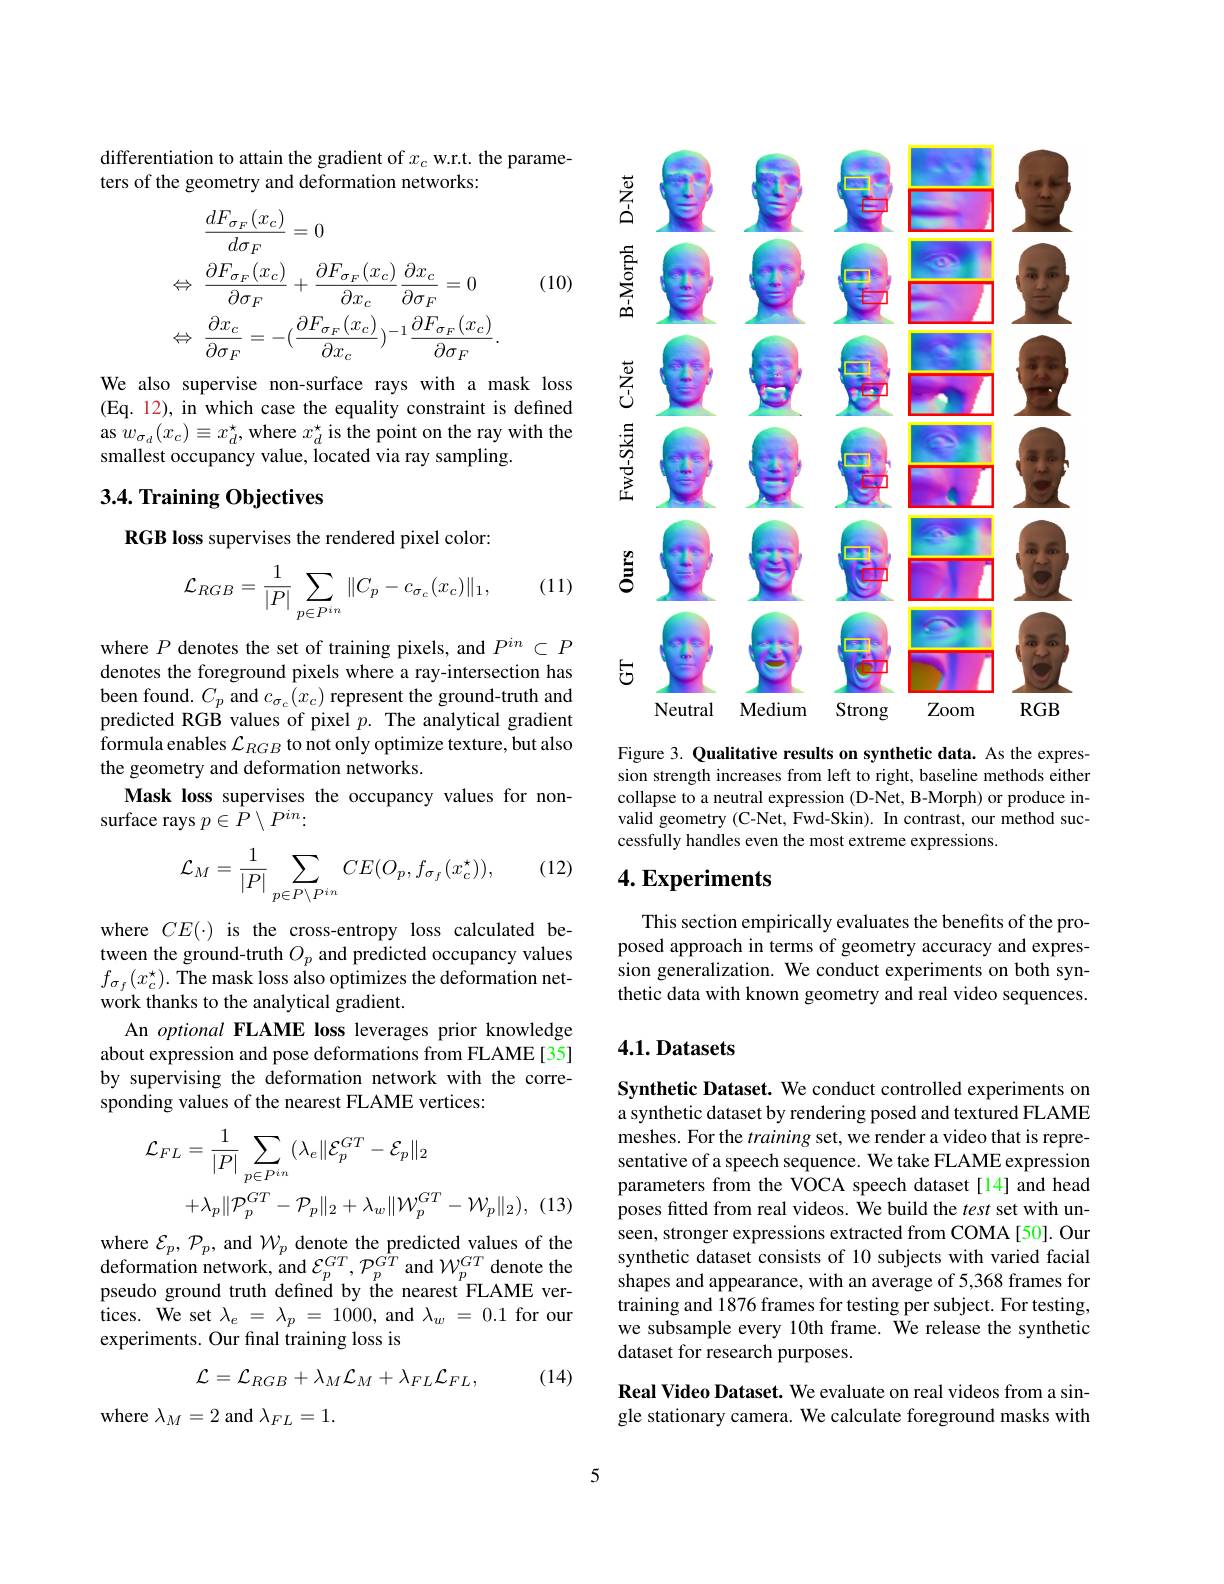
differentiation to attain the gradient of $x_c$ w.r.t. the parame-
ters of the geometry and deformation networks:

(10)
$$\begin{aligned}&\frac{dF_{\sigma_{F}}(x_{c})}{d\sigma_{F}}=0\\\Leftrightarrow&\frac{\partial F_{\sigma_{F}}(x_{c})}{\partial\sigma_{F}}+\frac{\partial F_{\sigma_{F}}(x_{c})}{\partial x_{c}}\frac{\partial x_{c}}{\partial\sigma_{F}}=0\\\Leftrightarrow&\frac{\partial x_{c}}{\partial\sigma_{F}}=-(\frac{\partial F_{\sigma_{F}}(x_{c})}{\partial x_{c}})^{-1}\frac{\partial F_{\sigma_{F}}(x_{c})}{\partial\sigma_{F}}.\end{aligned}$$
We also supervise non-surface rays with a mask loss (Eq. 12), in which case the equality constraint is defined as $w_{\sigma_{d}}(x_{c})\equiv x_{d}^{\star}$, where $x_d^{\star}$ is the point on the ray with the smallest occupancy value, located via ray sampling.

## 3.4. Training Objectives

RGB loss supervises the rendered pixel color:
$$\mathcal{L}_{RGB}=\frac{1}{|P|}\sum_{p\in P^{in}}\|C_p-c_{\sigma_c}(x_c)\|_1,$$
(11)

where $P$ denotes the set of training pixels, and $P^{in}\subset P$ denotes the foreground pixels where a ray-intersection has been found. $C_p$ and $c_\sigma_{c}(x_{c})$ represent the ground-truth and predicted RGB values of pixel $p.$ The analytical gradient $\hat{\text{formula enables }\mathcal{L}}_{RGB}$ to not only optimize texture, but also the geometry and deformation networks.
Mask loss supervises the occupancy values for non-
surface rays $p\in P\setminus P^in:$

(12)
$$\mathcal{L}_{M}=\frac{1}{|P|}\sum_{p\in P\setminus P^{in}}CE(O_{p},f_{\sigma_{f}}(x_{c}^{\star})),$$
where $CE(\cdot)$ is the cross-entropy loss calculated between the ground-truth $O_p$ and predicted occupancy values $f_{\sigma_{f}}(x_{c}^{\star}).$ The mask loss also optimizes the deformation network thanks to the analytical gradient.
An optional FLAME loss leverages prior knowledge about expression and pose deformations from FLAME [35] by supervising the deformation network with the corresponding values of the nearest FLAME vertices:
$$\begin{aligned}\mathcal{L}_{FL}&=\frac{1}{|P|}\sum_{p\in P^{in}}(\lambda_{e}\|\mathcal{E}_{p}^{GT}-\mathcal{E}_{p}\|_{2}\\&+\lambda_{p}\|\mathcal{P}_{p}^{GT}-\mathcal{P}_{p}\|_{2}+\lambda_{w}\|\mathcal{W}_{p}^{GT}-\mathcal{W}_{p}\|_{2}),\end{aligned}$$
(13)

where $\mathcal{E} _{p}, \mathcal{P} _{p}$, and $\mathcal{W} _{p}$ denote the predicted values of the deformation network, and $\mathcal{E} _{p}^{GT}, \mathcal{P} _{p}^{GT}$ and $\mathcal{W} _{p}^{GT}$ denote the pseudo ground truth defined by the nearest FLAME ver- ${\text{tices. We set}\lambda_{e}}=\lambda_{p}=1000$,and$\lambda_w=0.1$for our experiments. Our final training loss is
$$\mathcal{L}=\mathcal{L}_{RGB}+\lambda_{M}\mathcal{L}_{M}+\lambda_{FL}\mathcal{L}_{FL},$$
(14)

where $\lambda_{M}=2$ and $\lambda_{FL}=1.$

<FigureHere>

Figure 3. Qualitative results on synthetic data. As the expression strength increases from left to right, baseline methods either collapse to a neutral expression (D-Net, B-Morph) or produce invalid geometry (C-Net, Fwd-Skin). In contrast, our method successfully handles even the most extreme expressions.

# 4. Experiments

This section empirically evaluates the benefits of the proposed approach in terms of geometry accuracy and expression generalization. We conduct experiments on both synthetic data with known geometry and real video sequences.

# 4.1. Datasets

Synthetic Dataset. We conduct controlled experiments on a synthetic dataset by rendering posed and textured FLAME meshes. For the training set, we render a video that is representative of a speech sequence. We take FLAME expression parameters from the VOCA speech dataset[14] and head poses fitted from real videos. We build the test set with unseen, stronger expressions extracted from COMA[50]. Our synthetic dataset consists of 10 subjects with varied facial shapes and appearance, with an average of 5,368 frames for training and 1876 frames for testing per subject. For testing, we subsample every 10th frame. We release the synthetic dataset for research purposes.

Real Video Dataset. We evaluate on real videos from a single stationary camera. We calculate foreground masks with

5